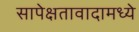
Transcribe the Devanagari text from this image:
सापेक्षतावादामध्ये